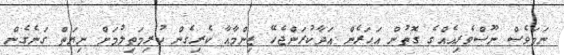
ނަމަވެސް ނޫސްވެރިއެއްގެ ގޮތުން އަހަރެން އަދާކުރަންޖެހޭ ޒިންމާއާ ކެރިގެން ކުރިމަތިލުމަށް ނިޔަތް ގަނެގެން